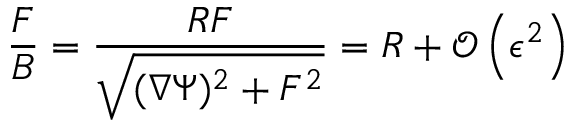
\frac { F } { B } = \frac { R F } { \sqrt { ( \nabla \Psi ) ^ { 2 } + F ^ { 2 } } } = R + \mathcal { O } \left( \epsilon ^ { 2 } \right)